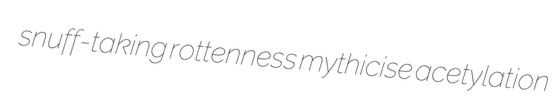
snuff-taking rottenness mythicise acetylation